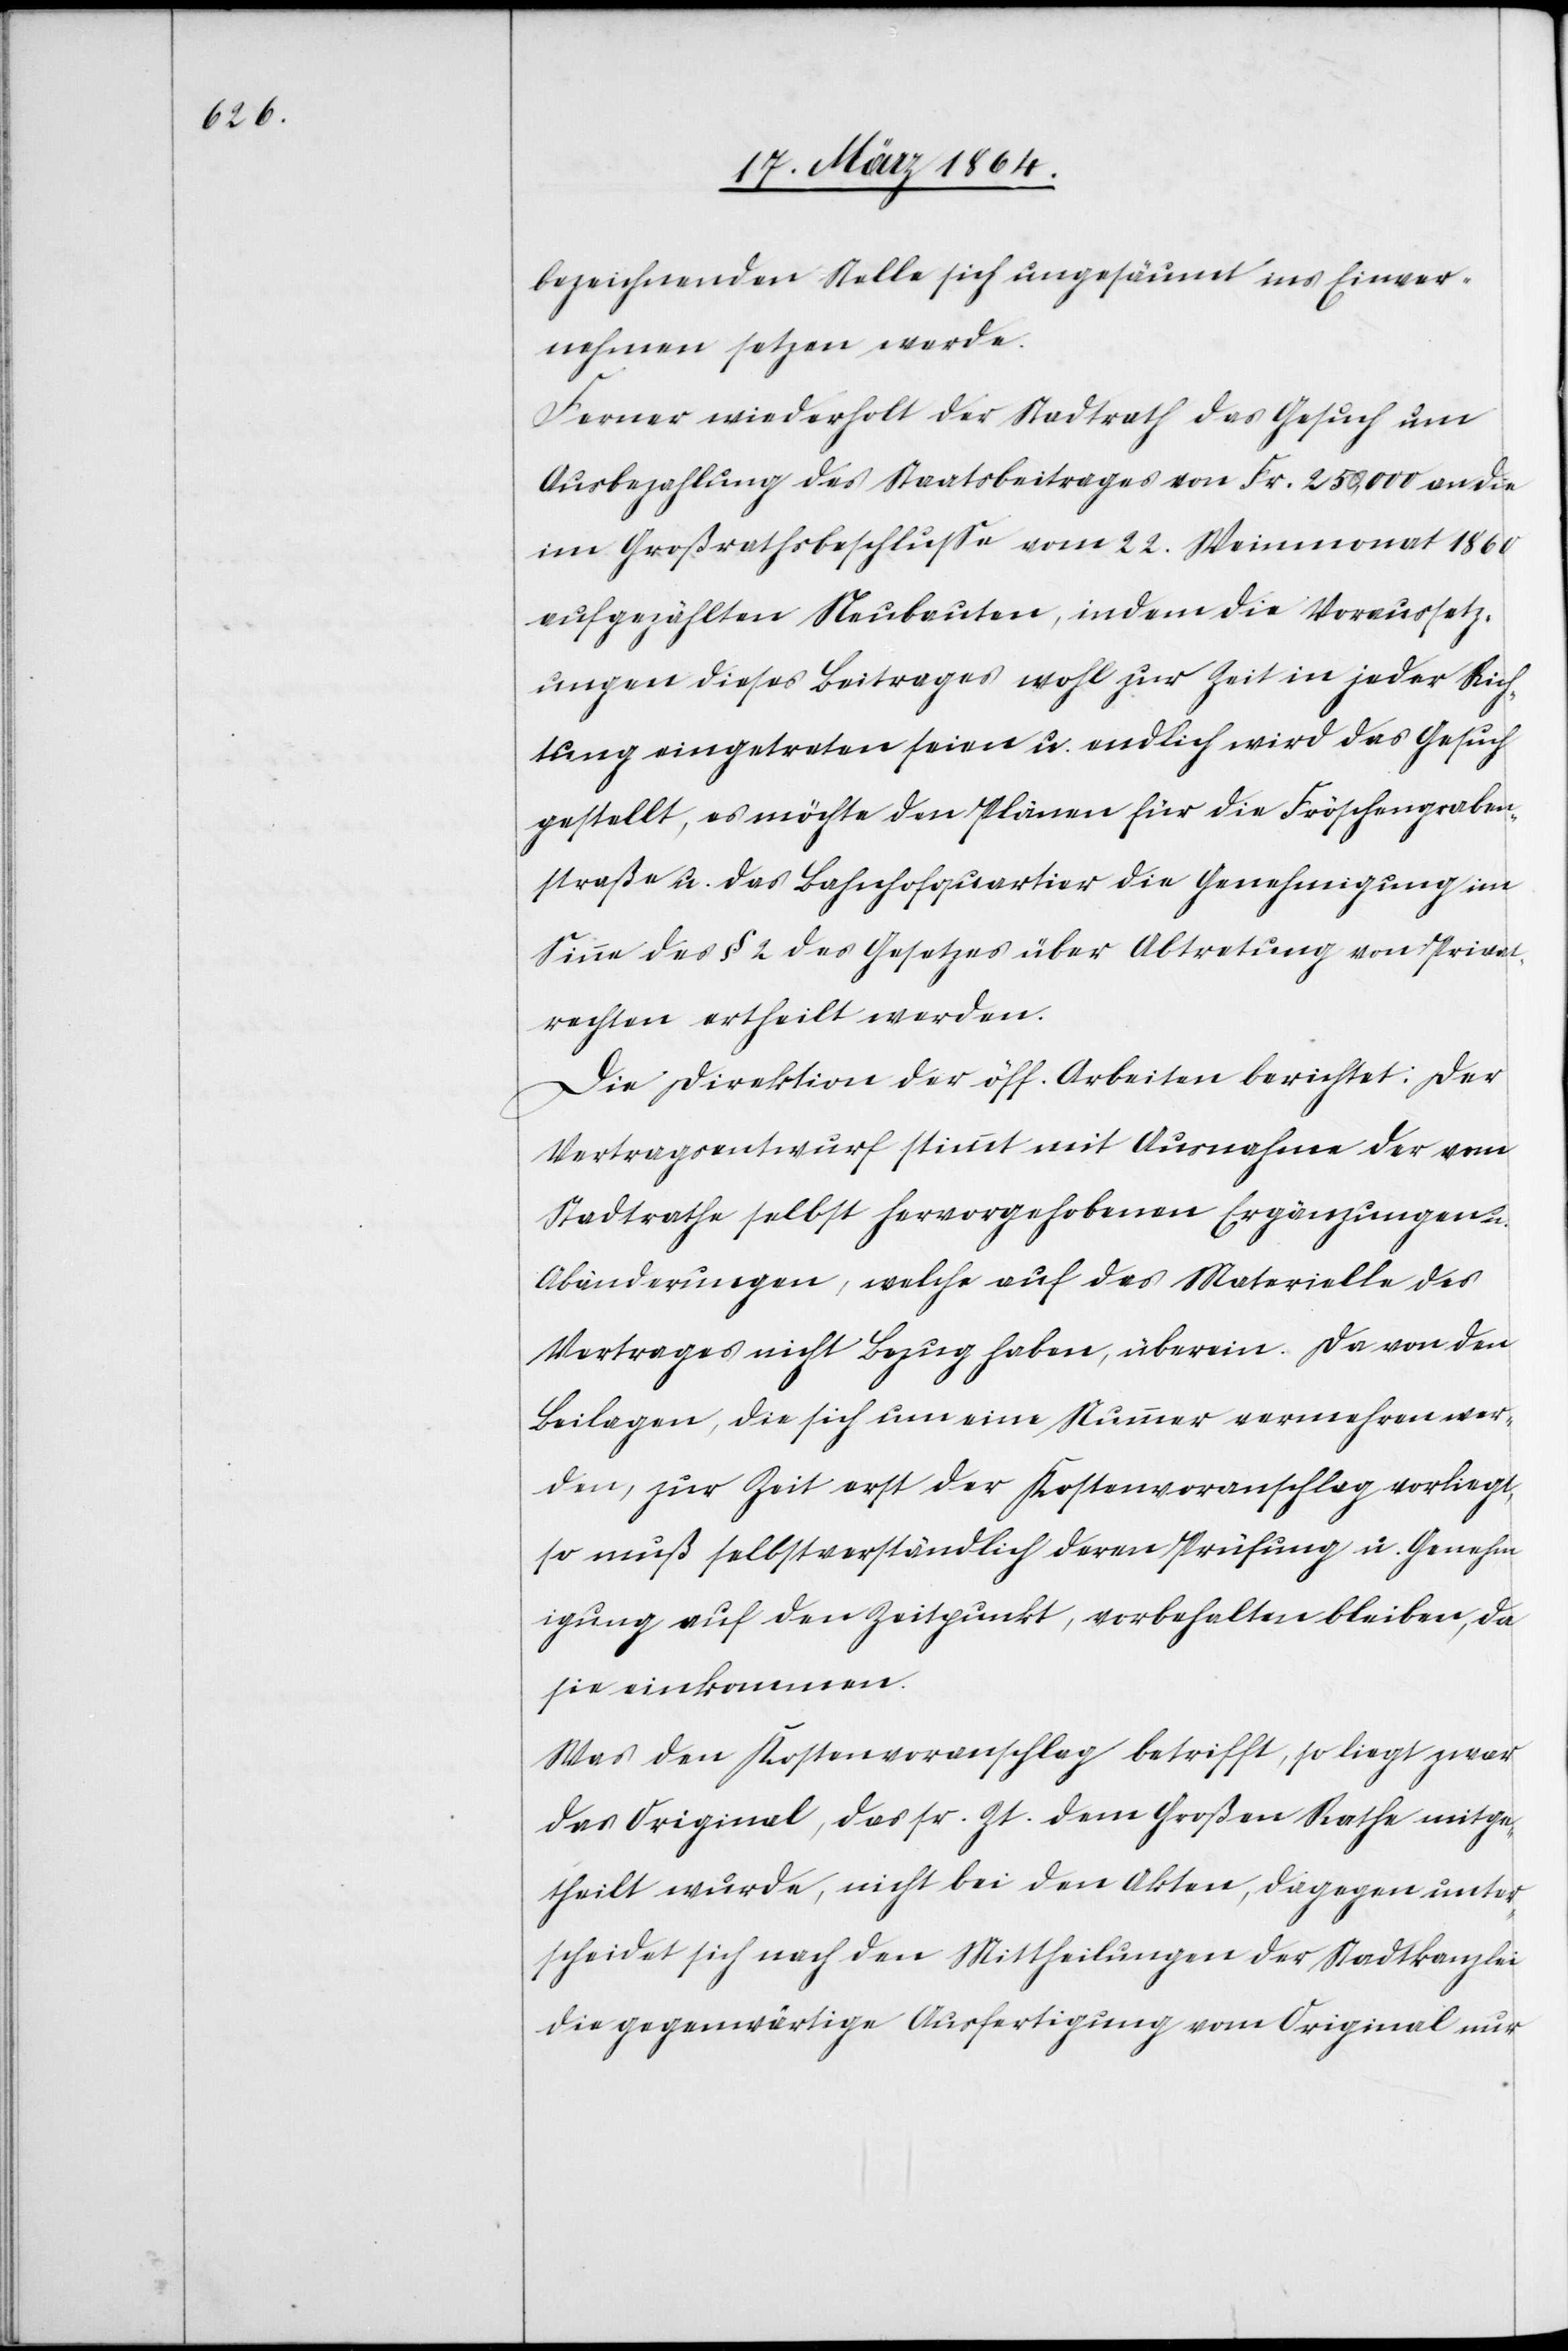
bezeichnenden Stelle sich ungesäumt ins Einver¬
nehmen setzen werde.
Ferner wiederholt der Stadtrath das Gesuch um
Ausbezahlung des Staatsbeitrages von Fr. 250,000 an die
im Großrathsbeschlusse vom 22. Weinmonat 1860
aufgezählten Neubauten, indem die Voraussetz¬
ungen dieses Beitrages wohl zur Zeit in jeder Rich¬
tung eingetreten seien u. endlich wird das Gesuch
gestellt, es möchte den Plänen für die Fröschengraben¬
straße u. das Bahnhofquartier die Genehmigung im
Sinne des § 2 des Gesetzes über Abtretung von Privat¬
rechten ertheilt werden.
Die Direktion der öff. Arbeiten berichtet: Der
Vertragsentwurf stimmt mit Ausnahme der vom
Stadtrathe selbst hervorgehobenen Ergänzungen u.
Abänderungen, welche auf das Materielle des
Vertrages nicht Bezug haben, überein. Da von den
Beilagen, die sich um eine Nummer vermehren wer¬
den, zur Zeit erst der Kostenvoranschlag vorliegt,
so muß selbstverständlich daran Prüfung u. Genehm¬
igung auf den Zeitpunkt, [sic!] vorbehalten bleiben, da
sie einkommen.
Was den Kostenvoranschlag betrifft, so liegt zwar
das Original, das sr. Zt. dem Großen Rathe mitge¬
theilt wurde, nicht bei den Akten, dagegen unter¬
scheidet sich nach den Mittheilungen der Stadtkanzlei
die gegenwärtige Ausfertigung vom Original nur